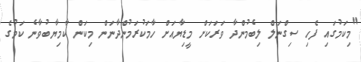
"މިކަމުގައި ފެހި ސިގްނަލް ލިބެމުންދާ ވަރަކަށް މީޑިޔާއަށް ހާމަކުރަމުންދާނަން މިކަން ކާމިޔާބުވާނެ ކަމުގެ